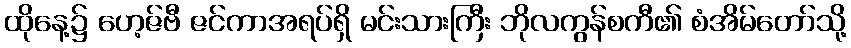
ထိုနေ့၌ ဟေ့ဇ်ဗီ ဇင်ကာအရပ်ရှိ မင်းသားကြီး ဘိုလကွန်စကီ၏ စံအိမ်တော်သို့